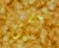
مغطى